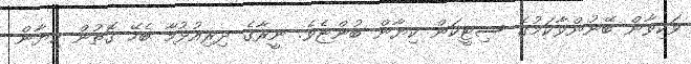
ވަކިވާން ބޭނުންވާކަމުގެ ސިޓީކަން ކިޔާން ބުންޏެވެ. ނީރާގެ ދިރިއުޅުމާ ބެހޭ ގޮތުން ކިޔާން